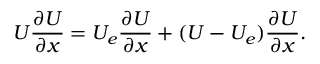
U \frac { \partial U } { \partial x } = U _ { e } \frac { \partial U } { \partial x } + ( U - U _ { e } ) \frac { \partial U } { \partial x } .